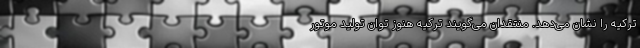
ترکیه را نشان می‌دهد. منتقدان می‌گویند ترکیه هنوز توان تولید موتور